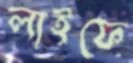
লাইফে